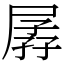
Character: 孱